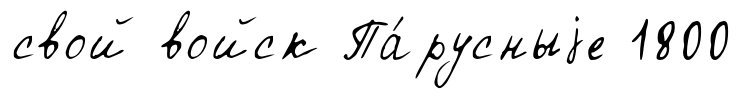
свой войск Па́русныjе 1800